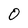
Character: O